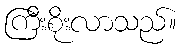
ကြီးစိုးလာသည်။